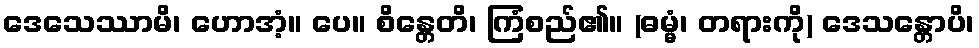
ဒေသေဿာမိ၊ ဟောအံ့။ ပေ။ စိန္တေတိ၊ ကြံစည်၏။ (ဓမ္မံ၊ တရားကို) ဒေသန္တောပိ၊